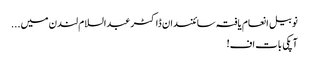
نوبیل انعام یافتہ سائنسدان ڈاکٹر عبدالسلام لندن میں...
آپکی بات اف!